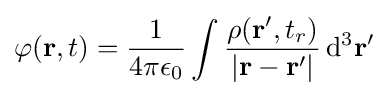
\mathrm {\varphi } (\mathbf {r} ,t)={\frac {1}{4\pi \epsilon _{0}}}\int {\frac {\rho (\mathbf {r} ',t_{r})}{|\mathbf {r} -\mathbf {r} '|}}\,\mathrm {d} ^{3}\mathbf {r} '